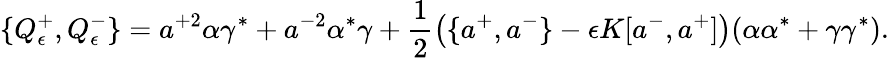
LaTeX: \{ Q_{\epsilon}^{+},Q_{\epsilon}^{-}\} =a^{+2}\alpha\gamma^{*}+a^{-2}\alpha^{*}\gamma+\frac{1}{2}\left(\{ a^{+},a^{-}\} -\epsilon K[a^{-},a^{+}]\right)(\alpha\alpha^{*}+\gamma\gamma^{*}).